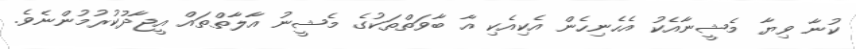
ކުނާ ވިޔާ މެޝީނާއެކު އެހެނިހެން އެކިއެކި އާ ބާވަތްތަކުގެ މެޝީނު އާލާތްތައް އީޖާދުކުރުމުންނެވެ.